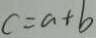
c = a + b